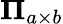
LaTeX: \mathbf{\Pi}_{a\times b}